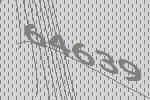
64639